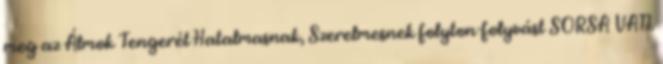
meg az Álmok Tengerét Hatalmasnak, Szerelmesnek folyton-folyvást SORSA VAN.